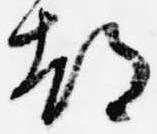
都